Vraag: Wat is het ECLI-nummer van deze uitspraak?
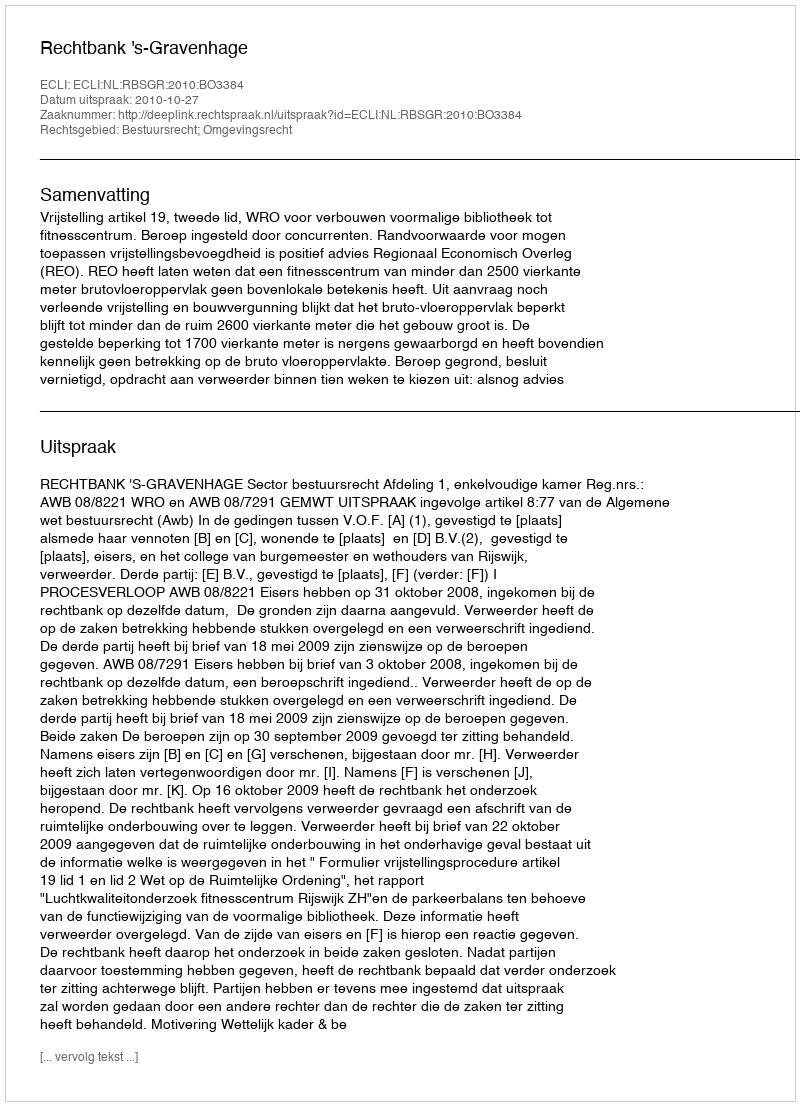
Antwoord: ECLI:NL:RBSGR:2010:BO3384